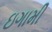
ઇગામી